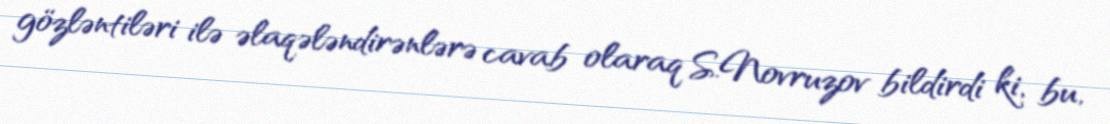
gözləntiləri ilə əlaqələndirənlərə cavab olaraq S.Novruzov bildirdi ki, bu,